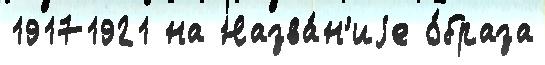
19171921 на Назва́н'иjе о́браза